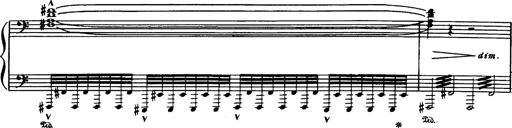
Title: Danza sacra e duetto finale dâ€™Aida
Composer: Franz Liszt